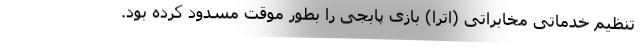
تنظیم خدماتی مخابراتی (اترا) بازی پابجی را بطور موقت مسدود کرده بود.